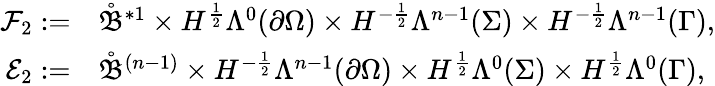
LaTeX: \begin{array}{rl}{\mathcal{F}_{2}:=}&{{}\mathring{\mathfrak{B}}^{\ast 1}\times H^{\frac{1}{2}}\Lambda^{0}(\partial\Omega)\times H^{-\frac{1}{2}}\Lambda^{n-1}(\Sigma)\times H^{-\frac{1}{2}}\Lambda^{n-1}(\Gamma),}\\ {\mathcal{E}_{2}:=}&{{}\mathring{\mathfrak{B}}^{(n-1)}\times H^{-\frac{1}{2}}\Lambda^{n-1}(\partial\Omega)\times H^{\frac{1}{2}}\Lambda^{0}(\Sigma)\times H^{\frac{1}{2}}\Lambda^{0}(\Gamma),}\end{array}